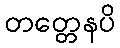
တတ္တေနပိ